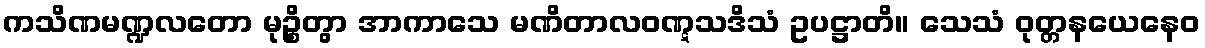
ကသိဏမဏ္ဍလတော မုဉ္စိတွာ အာကာသေ မဏိတာလဝဏ္ဋသဒိသံ ဥပဋ္ဌာတိ။ သေသံ ဝုတ္တနယေနေဝ